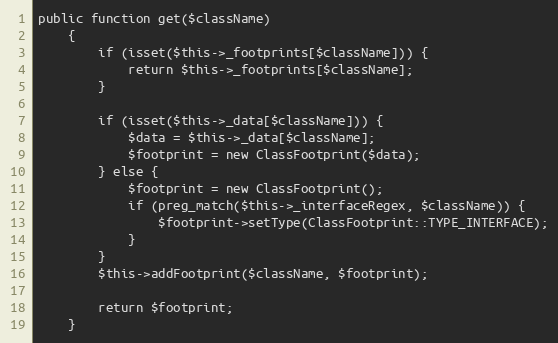
Language: PHP
public function get($className)
    {
        if (isset($this->_footprints[$className])) {
            return $this->_footprints[$className];
        }

        if (isset($this->_data[$className])) {
            $data = $this->_data[$className];
            $footprint = new ClassFootprint($data);
        } else {
            $footprint = new ClassFootprint();
            if (preg_match($this->_interfaceRegex, $className)) {
                $footprint->setType(ClassFootprint::TYPE_INTERFACE);
            }
        }
        $this->addFootprint($className, $footprint);

        return $footprint;
    }